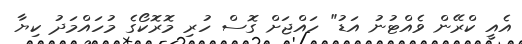
އެއީ ކްރޭން ވެއްޓުނު އަޑު" ހައްޖަށް ގޮސް ހުރި މޮރޮކޯގެ މުހައްމަދު ކިޔާ